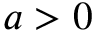
a > 0